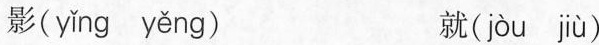
影( yǐng yěng ) 就( jòu jiù )